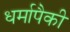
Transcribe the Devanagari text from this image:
धर्मापैकी